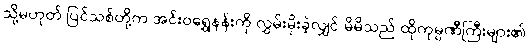
သို့မဟုတ် ပြင်သစ်တို့က အင်းဝရွှေနန်းကို လွှမ်းမိုးခဲ့လျှင် မိမိသည် ထိုကုမ္ပဏီကြီးများ၏